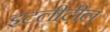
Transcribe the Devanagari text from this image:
इटलीटील